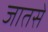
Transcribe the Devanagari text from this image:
जातसे